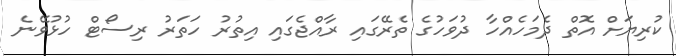
ކުރިޔަށް އޮތް ދެމަހެއްހާ ދުވަހުގެ ތެރޭގައި ރާއްޖެގައި އިތުރު ހަތަރު ރިސޯޓް ހުޅުވޭނެ